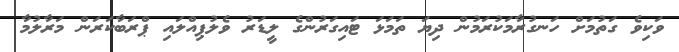
ވަކިވެ ގަތުމަށް ހަނގުރާމަކުރަމުން ދިޔަ ތަމަޅަ ޓައިގަރުންގެ ލީޑަރު ވެލުޕިއްލައި ޕްރަބާކަރަން މަރާލުމާ